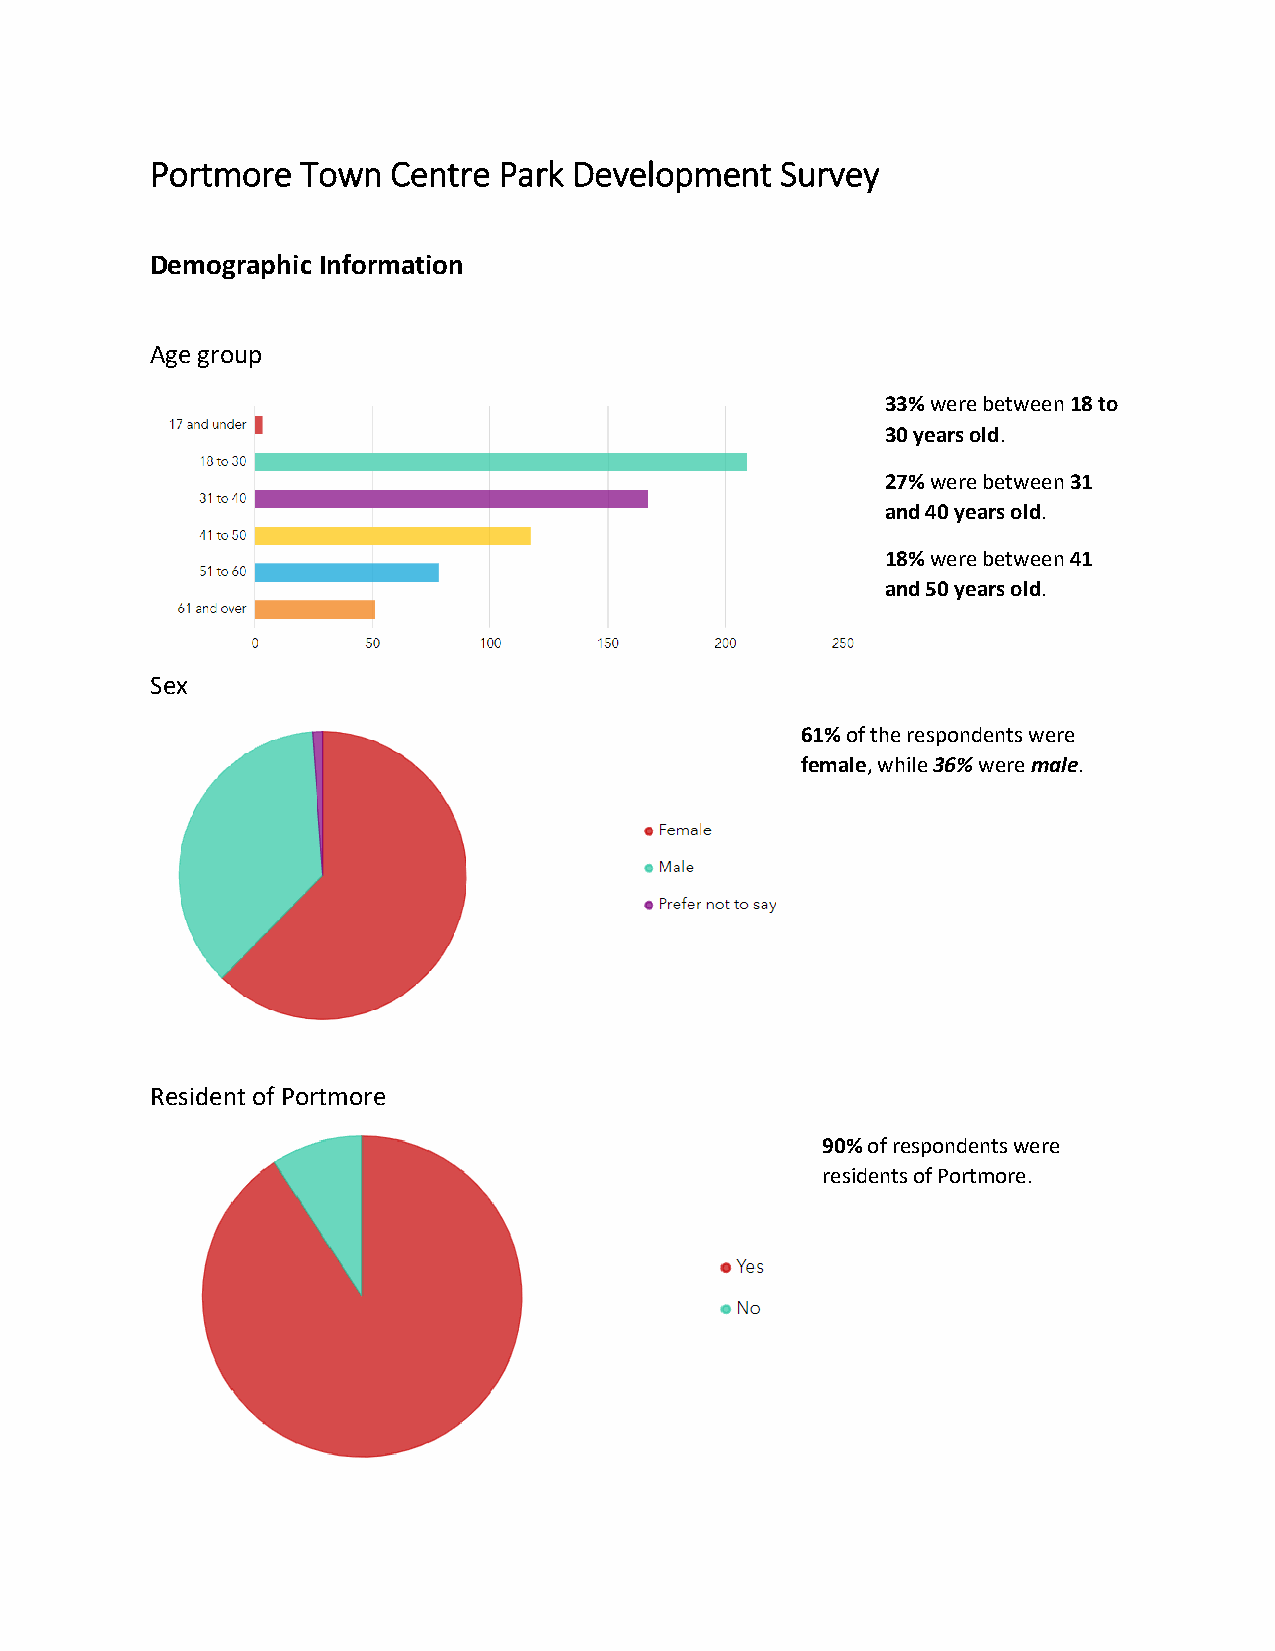
Portmore  Town  Centre Park Development   Survey
 Demographic Information
 Age group
 33% were between 18 to
 30 years old.
 27% were between 31
 and 40 years old.
 18% were between 41
 and 50 years old.
 Sex
 61% of the respondents were
 female, while 36% were male.
 Resident of Portmore
 90% of respondents were
 residents of Portmore.